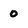
Character: 0